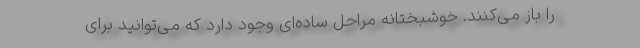
را باز می‌کنند. خوشبختانه مراحل ساده‌ای وجود دارد که می‌توانید برای